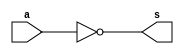
// Exemplo0025 - COMPLEMENTO DE 2
// Nome: Julio Machado

module complement1(output s, input a);

	not NOT1(s,a);

endmodule // complement1

module halfAdder(output s1, output s0, input a, input b);

	xor XOR1(s0,a,b);
	and AND1(s1,a,b);
endmodule //halfAdder

module Complement2(output [0:5]s, input [0:5]a);

	wire [0:5]s0;
	wire [0:6]s1;

	complement1 C1(s0[5],a[5]);
	complement1 C2(s0[4],a[4]);
	complement1 C3(s0[3],a[3]);
	complement1 C4(s0[2],a[2]);
	complement1 C5(s0[1],a[1]);
	complement1 C6(s0[0],a[0]);
	
	not NOT1(s1[6],a[5]);
	xor XOR1(s1[5],a[5],s1[6]);
	
	halfAdder H1(s1[4],s[5],s0[5],s1[5]);
	halfAdder H2(s1[3],s[4],s0[4],s1[4]);
	halfAdder H3(s1[2],s[3],s0[3],s1[3]);
	halfAdder H4(s1[1],s[2],s0[2],s1[2]);
	halfAdder H5(s1[0],s[1],s0[1],s1[1]);
	xor XOR2(s[0],s0[0],s1[0]);

endmodule //Complement2

//------------------
module testComplement2;

reg [0:5]a = 6'b000000;
wire [0:5]s;

Complement2 C1(s,a);


initial
	begin

	$display ("Exemplo0025 - Julio Machado -435666");
	$display ("COMPLEMENTO DE 2 ");
	
	#1 $display ("C2(%b) = %b",a,s);
		a = 6'b110011;
	#1 $display ("C2(%b) = %b",a,s);
		a = 6'b010110;
	#1 $display ("C2(%b) = %b",a,s);
		a = 6'b011110;
	#1 $display ("C2(%b) = %b",a,s);
	
	end

endmodule //testComplement2